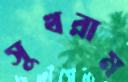
সুখরাম